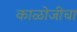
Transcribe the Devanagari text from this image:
काळोजीचा